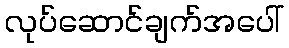
လုပ်ဆောင်ချက်အပေါ်